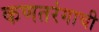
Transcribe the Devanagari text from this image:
कणतरंगाची